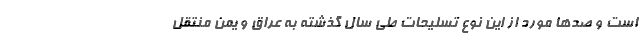
است و صدها مورد از این نوع تسلیحات طی سال گذشته به عراق و یمن منتقل